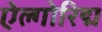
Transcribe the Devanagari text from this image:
ऐल्गोरिद्म